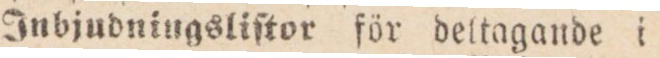
Inbjudningsliſtor för deltagande i